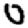
Digit: 0